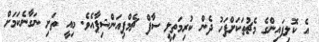
އެ ކޮލިފައިންގެ މެޗުތަކަށްފަހު ދެން ކުރިމަތިލީ ސާފް ޗެމްޕިއަންޝިޕާއެވެ. މިއީ ތަށި ނަގާނެކަމަށް